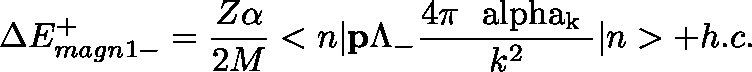
\Delta E _ { m a g n 1 - } ^ { + } = \frac { Z \alpha } { 2 M } < { n } | { \bf p } \Lambda _ { - } \frac { 4 \pi \mathrm { \boldmath ~ \ a l p h a _ { k } ~ } } { k ^ { 2 } } | { n } > + h . c .